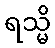
ရသ္မိ